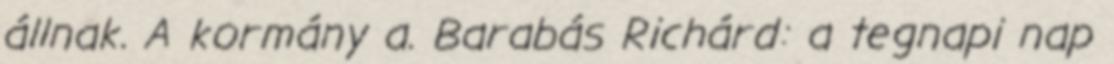
állnak. A kormány a. Barabás Richárd: a tegnapi nap